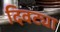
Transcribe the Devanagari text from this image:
दिवट्या